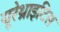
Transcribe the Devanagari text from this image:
यूरेथ्राइटिस